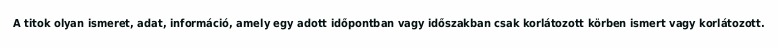
A titok olyan ismeret, adat, információ, amely egy adott időpontban vagy időszakban csak korlátozott körben ismert vagy korlátozott.